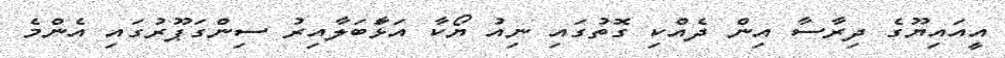
އީއައިޔޫގެ ދިރާސާ އިން ދެއްކި ގޮތުގައި ނިއު ޔޯކާ އަޅާަބަލާއިރު ސިންގަޕޫރުގައި އެންމެ